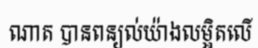
ណាត បានពន្យល់យ៉ាងលម្អិតលើ